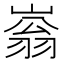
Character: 嵡